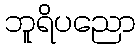
ဘူရိပညော